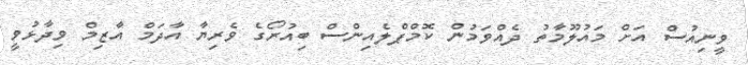
ވީނިއުސް އަށް މައުލޫމާތު ދެއްވަމުން ކޮމްޕްލެއިންސް ބިއުރޯގެ ވެރިޔާ އާދަމް އާޒިމް ވިދާޅުވީ